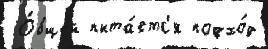
 О́бщей пыта́етс'я подхо́д